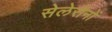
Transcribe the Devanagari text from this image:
सेलेरॉनों